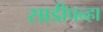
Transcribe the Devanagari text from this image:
साडीपन्हा